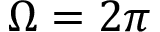
\Omega = 2 \pi